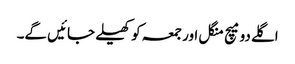
اگلے دو میچ منگل اور جمعہ کو کھیلے جائیں گے۔